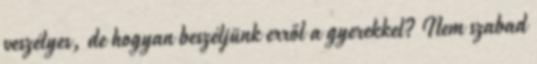
veszélyes, de hogyan beszéljünk erről a gyerekkel? Nem szabad